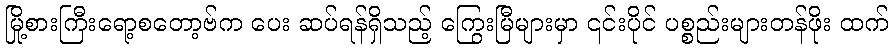
မြို့စားကြီးရော့စတော့ဗ်က ပေး ဆပ်ရန်ရှိသည့် ကြွေးမြီများမှာ ၎င်းပိုင် ပစ္စည်းများတန်ဖိုး ထက်